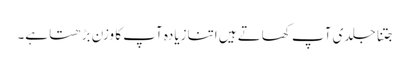
جتنا جلدی آپ کھاتے ہیں اتنازیادہ آپ کا وزن بڑھتا ہے۔